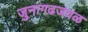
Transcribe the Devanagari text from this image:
जुनागढजवळ